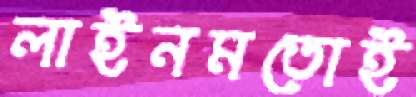
লাইনমতোই